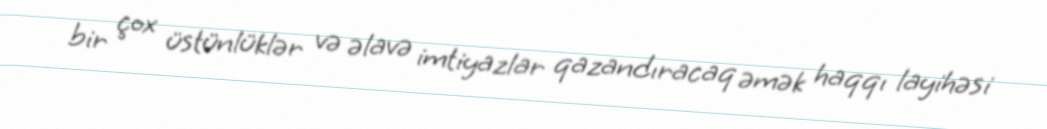
bir çox üstünlüklər və əlavə imtiyazlar qazandıracaq əmək haqqı layihəsi